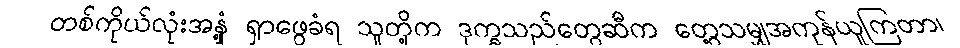
တစ်ကိုယ်လုံးအနှံ့ ရှာဖွေခံရ သူတို့က ဒုက္ခသည်တွေဆီက တွေ့သမျှအကုန်ယူကြတာ၊